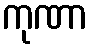
ကုဏာ